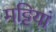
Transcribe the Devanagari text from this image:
मट्टियां